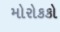
મોરોકકો